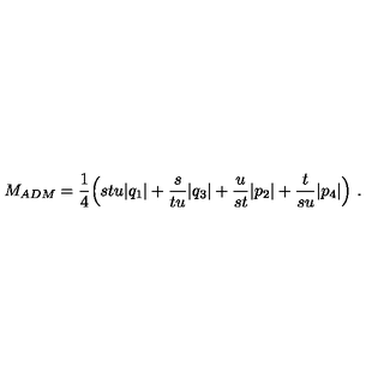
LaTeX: M _ { A D M } = { \frac { 1 } { 4 } } \Bigl ( s t u | q _ { 1 } | + { \frac { s } { t u } } | q _ { 3 } | + { \frac { u } { s t } } | p _ { 2 } | + { \frac { t } { s u } } | p _ { 4 } | \Bigr ) \ .